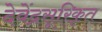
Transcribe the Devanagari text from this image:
देवेंद्रसूरिकृत